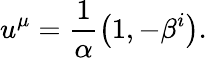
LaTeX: u^{\mu}=\frac{1}{\alpha}\left(1,-\beta^{i}\right).